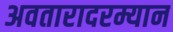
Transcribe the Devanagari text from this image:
अवतारादरम्यान